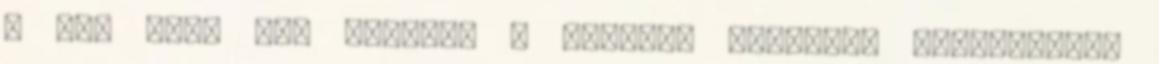
a kék sem, ami ezúttal a tengert hivatott jelképezni.